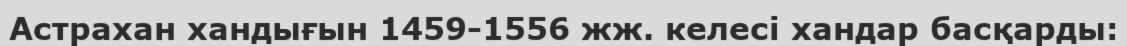
Астрахан хандығын 1459-1556 жж. келесі хандар басқарды: